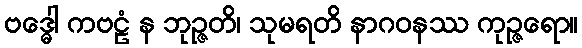
ဗဒ္ဓေါ ကဗဠံ န ဘုဉ္ဇတိ၊ သုမရတိ နာဂဝနဿ ကုဉ္ဇရော။